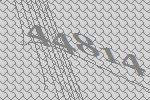
44814